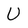
Character: U